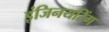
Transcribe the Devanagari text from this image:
इंजिनयरिंग